Lunatic asylums Central Provinces reports 1910-1926 - 1910-1926
Year: 1910
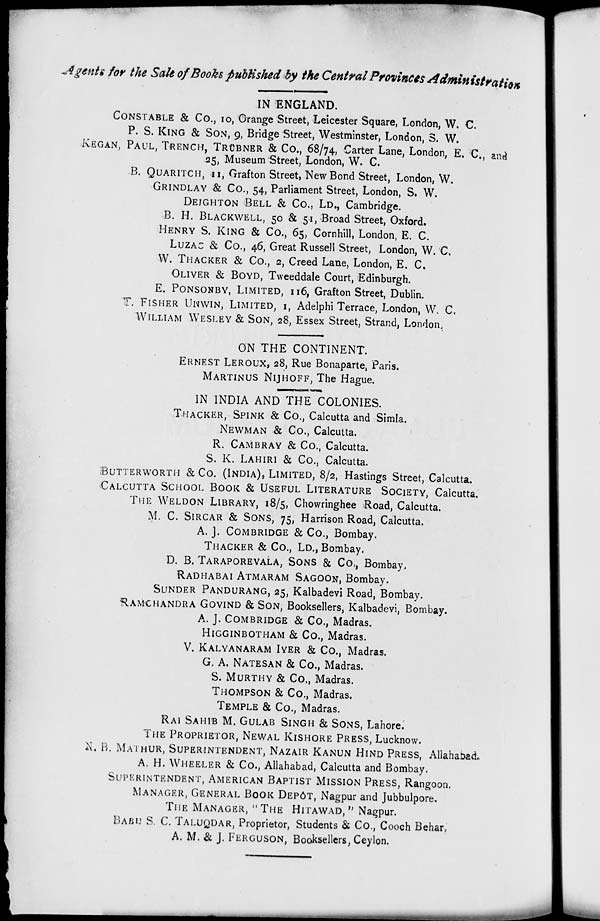
Agents for the Sale of Books published by the Central Provinces Administration
IN ENGLAND.
CONSATBLE & Co., 10, Orange Street, Leicester Square, London, W. C.
P. S. KING & SON, 9, Bridge Street, Westminster, London, S. W.
KEGAN, PAUL, TRENCH, TRÜBNER & Co., 68/74, Carter Lane, London, E. C., and
25, Museum Street, London, W. C.
B. QUARITCH, 11, Grafton Street, New Bond Street, London, W.
GRINDLAY & Co., 54, Parliament Street, London, S. W.
DEIGHTON BELL & Co., LD., Cambridge.
B. H. BLACKWELL, 50 & 51, Broad Street, Oxford.
HENRY S. KING & Co., 65, Cornhill, London, E. C.
LUZAC & Co., 46, Great Russell Street, London, W. C.
W. THACKER & Co., 2, Creed Lane, London, E. C.
OLIVER & BOYD, Tweeddale Court, Edinburgh.
E. PONSONBY, LIMITED, 116, Grafton Street, Dublin.
T. FISHER UNWIN, LIMITED, 1, Adelphi Terrace, London, W. C.
WILLIAM WESLEY & SON, 28, Essex Street, Strand, London.
ON THE CONTINENT.
ERNEST LEROUX, 28, Rue Bonaparte, Paris.
MARTINUS NIJHOFF, The Hague.
IN INDIA AND THE COLONIES.
THACKER, SPINK & Co., Calcutta and Simla.
NEWMAN & Co., Calcutta.
R. CAMBRAY & Co., Calcutta.
S. K. LAHIRI & Co., Calcutta.
BUTTERWORTH & Co. (INDIA), LIMITED, 8/2, Hastings Street, Calcutta.
CALCUTTA SCHOOL BOOK & USEFUL LITERATURE SOCIETY, Calcutta.
THE WELDON LIBRARY, 18/5, Chowringhee Road, Calcutta.
M. C. SIRCAR & SONS, 75, Harrison Road, Calcutta.
A. J. COMBRIDGE & Co., Bombay.
THACKER & Co., LD., Bombay.
D. B. TARAPOREVALA, SONS & Co., Bombay,
RADHABAI ATMARAM SAGOON, Bombay.
SUNDER PANDURANG, 25, Kalbadevi Road, Bombay.
RAMCHANDRA GOVIND & SON, Booksellers, Kalbadevi, Bombay.
A. J. COMBRIDGE & Co., Madras.
HIGGINBOTHAM & Co., Madras.
V. KALYANARAM IYER & Co., Madras.
G. A. NATESAN & Co., Madras.
S. MURTHY & Co., Madras.
THOMPSON & Co., Madras.
TEMPLE & Co., Madras.
RAI SAHIB M. GULAB SINGH & SONS, Lahore.
THE PROPRIETOR, NEWAL KISHORE PRESS, Lucknow.
N. B. MATHUR, SUPERINTENDENT, NAZAIR KANUN HIND PRESS, Allahabad.
A. H. WHEELER & Co., Allahabad, Calcutta and Bombay.
SUPERINTENDENT, AMERICAN BAPTIST MISSION PRESS, Rangoon.
MANAGER, GENERAL BOOK DEPÔT, Nagpur and Jubbulpore.
THE MANAGER, " THE HITAWAD, " Nagpur.
BABU S. C. TALUQDAR, Proprietor, Students & Co., Cooch Behar,
A. M. & J. FERGUSON, Booksellers, Ceylon.